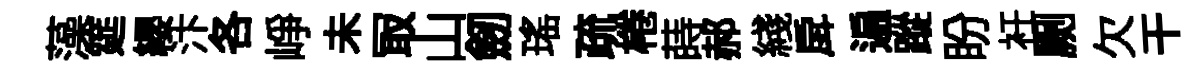
藻筵纓汴各峥未冣山劒瑶疏棬蒔郝綫戽遍蹤盼衽劂欠干